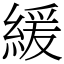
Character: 緩